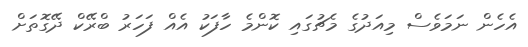
އެހެން ނަމަވެސް މިއަދުގެ މެޗުގައި ކޮންމެ ހާފަކު އެއް ފަހަރު ބްރޭކް ދޭގޮތަށް